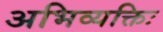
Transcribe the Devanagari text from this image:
अभिव्यक्तिः